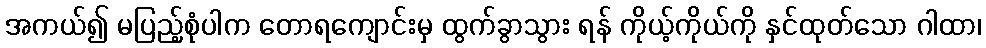
အကယ်၍ မပြည့်စုံပါက တောရကျောင်းမှ ထွက်ခွာသွား ရန် ကိုယ့်ကိုယ်ကို နှင်ထုတ်သော ဂါထာ၊